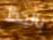
بالحظ